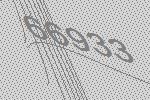
66933